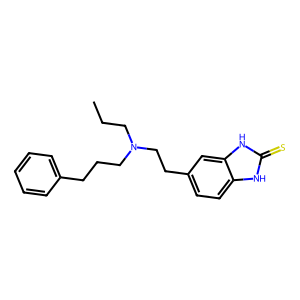
SMILES: CCCN(CCCc1ccccc1)CCc1ccc2[nH]c(=S)[nH]c2c1
Inhibits HIV replication: No